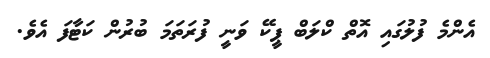
އެންމެ ފުލުގައި އޮތް ކްލަބް ޕީކޭ ވަނީ ފުރަތަމަ ބުރުން ކަޓާފަ އެވެ.